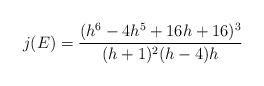
LaTeX: \begin{align*}j(E) = \dfrac{(h^6 - 4h^5 + 16h + 16)^3}{(h+1)^2(h-4)h}\end{align*}